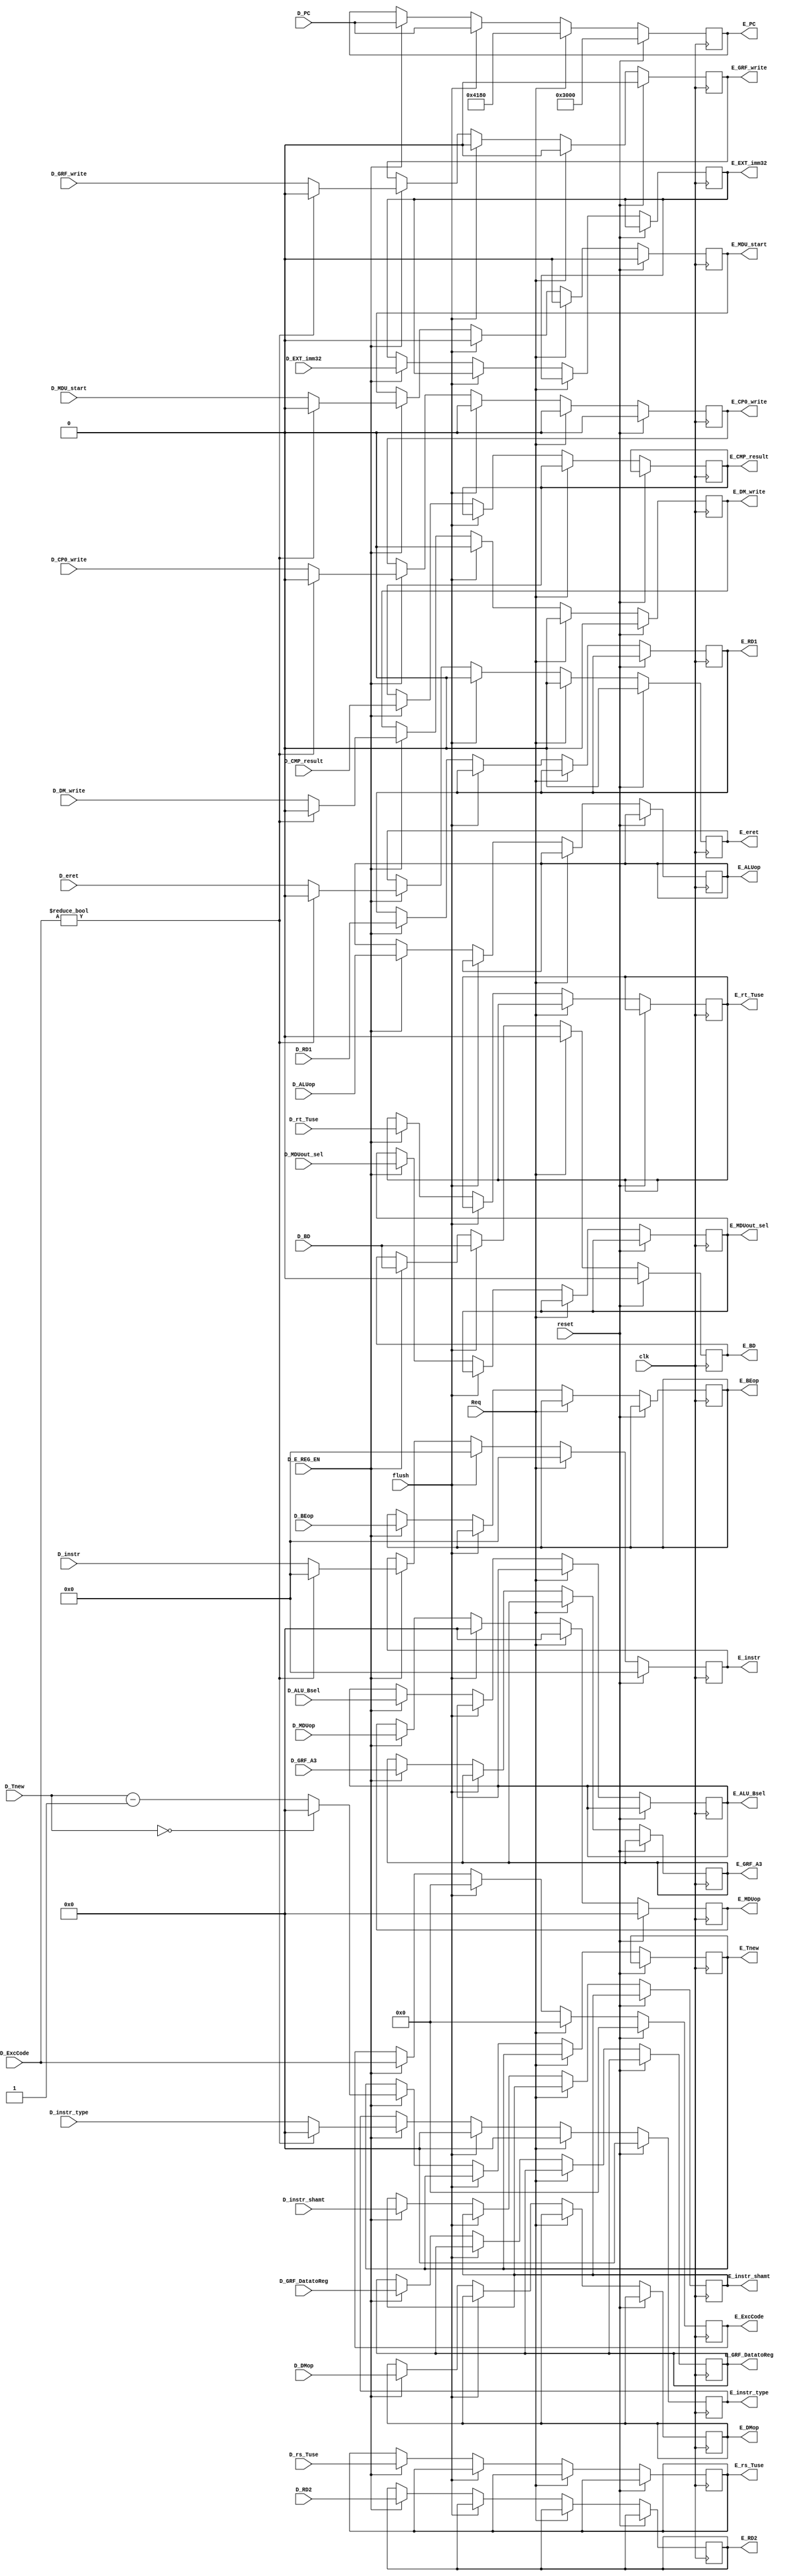
`timescale 1ns / 1ps
//////////////////////////////////////////////////////////////////////////////////
// Company: 
// Engineer: 
// 
// Design Name: 
// Module Name:    D_E_REG 
// Project Name: 
// Target Devices: 
// Tool versions: 
// Description: 
//
// Dependencies: 
//
// Revision: 
// Revision 0.01 - File Created
// Additional Comments: 
//
//////////////////////////////////////////////////////////////////////////////////
module D_E_REG(
    input clk,
    input reset,
	 input Req,
	 input flush,
    input D_E_REG_EN,
    input [31:0] D_PC,
    input [31:0] D_instr,
    input [4:0] D_ALUop,
	 input D_DM_write,
	 input D_GRF_write,
	 input D_CP0_write,
	 input [31:0] D_RD1,
	 input [31:0] D_RD2,
	 input [4:0] D_instr_shamt,
	 input [31:0] D_EXT_imm32,
	 input [4:0] D_GRF_A3,
	 input [31:0] D_CMP_result,
	 input [3:0] D_GRF_DatatoReg,
	 input [2:0] D_ALU_Bsel,
	 input [1:0] D_DMop,
	 input D_MDU_start,
	 input D_MDUout_sel,
	 input [3:0] D_MDUop,
	 input [2:0] D_BEop,
	 input D_BD,
	 input D_eret,
	 input [4:0] D_ExcCode,
	 input [3:0] D_instr_type,
	 input [3:0] D_rs_Tuse,
	 input [3:0] D_rt_Tuse,
	 input [3:0] D_Tnew,
	 output reg [31:0] E_PC,
    output reg [31:0] E_instr,
    output reg [4:0] E_ALUop,
	 output reg E_DM_write,
	 output reg E_GRF_write,
	 output reg E_CP0_write,
	 output reg [31:0] E_RD1,
	 output reg [31:0] E_RD2,
	 output reg [4:0] E_instr_shamt,
	 output reg [31:0] E_EXT_imm32,
	 output reg [4:0] E_GRF_A3,
	 output reg [31:0] E_CMP_result,
	 output reg [3:0] E_GRF_DatatoReg,
	 output reg [2:0] E_ALU_Bsel,
	 output reg E_MDU_start,
	 output reg E_MDUout_sel,
	 output reg [3:0] E_MDUop,
	 output reg [2:0] E_BEop,
	 output reg [1:0] E_DMop,
	 output reg E_BD,
	 output reg E_eret,
	 output reg [3:0] E_instr_type,
	 output reg [4:0] E_ExcCode,
	 output reg [3:0] E_rs_Tuse,
	 output reg [3:0] E_rt_Tuse,
	 output reg [3:0] E_Tnew
    );
	 
	 always @(posedge clk) begin
	     if (reset == 1'b1) begin
		      E_PC <= 32'h3000;
				E_instr <= 32'd0;
				E_DM_write <= 1'b0;
				E_GRF_write <= 1'b0;
				E_CP0_write <= 1'b0;
				E_MDU_start <= 1'b0;
				E_MDUop <= 4'd0;
				E_instr_type <= 4'd0;
				E_BD <= 1'b0;
				E_eret <= 1'b0;
				E_ExcCode <= 5'd0;
		  end else if (Req == 1'b1) begin
		      E_PC <= 32'h4180;
				E_instr <= 32'd0; 
				E_DM_write <= 1'b0;
				E_GRF_write <= 1'b0;
				E_CP0_write <= 1'b0;
				E_MDU_start <= 1'b0;
				E_MDUop <= 4'd0;
				E_instr_type <= 4'd0;
				E_BD <= 1'b0;
				E_eret <= 1'b0;
				E_ExcCode <= 5'd0;
		  end else if (flush == 1'b1) begin
		      E_PC <= D_PC;
				E_instr <= 32'd0;
				E_DM_write <= 1'b0;
				E_GRF_write <= 1'b0;
				E_CP0_write <= 1'b0;
				E_MDU_start <= 1'b0;
				E_MDUop <= 4'd0;
				E_instr_type <= 4'd0;
				E_BD <= D_BD;
				E_eret <= 1'b0;
				E_ExcCode <= 5'd0;
		  end else if (D_E_REG_EN == 1'b1) begin
		      E_PC <= D_PC;
            E_instr <= (D_ExcCode != 5'd0) ? 32'd0 : D_instr;
				E_ALUop <= D_ALUop;
				E_DM_write <= (D_ExcCode != 5'd0) ? 1'b0 : D_DM_write;
				E_GRF_write <= (D_ExcCode != 5'd0) ? 1'b0 : D_GRF_write;
				E_CP0_write <= (D_ExcCode != 5'd0) ? 1'b0 : D_CP0_write;
				E_RD1 <= D_RD1;
				E_RD2 <= D_RD2;
				E_instr_shamt <= D_instr_shamt;
				E_EXT_imm32 <= D_EXT_imm32;
				E_GRF_A3 <= D_GRF_A3;
				E_CMP_result <= D_CMP_result;
				E_GRF_DatatoReg <= D_GRF_DatatoReg;
				E_ALU_Bsel <= D_ALU_Bsel;
				E_MDU_start <= (D_ExcCode != 5'd0) ? 1'b0 : D_MDU_start;
				E_MDUout_sel <= D_MDUout_sel;
				E_MDUop <= D_MDUop;
				E_BEop <= D_BEop;
				E_DMop <= D_DMop;
				E_BD <= D_BD;
				E_eret <= (D_ExcCode != 5'd0) ? 1'b0 : D_eret;
				E_instr_type <= (D_ExcCode != 5'd0) ? 4'b0000 : D_instr_type;
				E_ExcCode <= D_ExcCode;
				E_rs_Tuse <= D_rs_Tuse;
				E_rt_Tuse <= D_rt_Tuse;
				E_Tnew <= (D_Tnew == 4'd0) ? 4'd0 : (D_Tnew - 4'd1);
		  end
	 end


endmodule